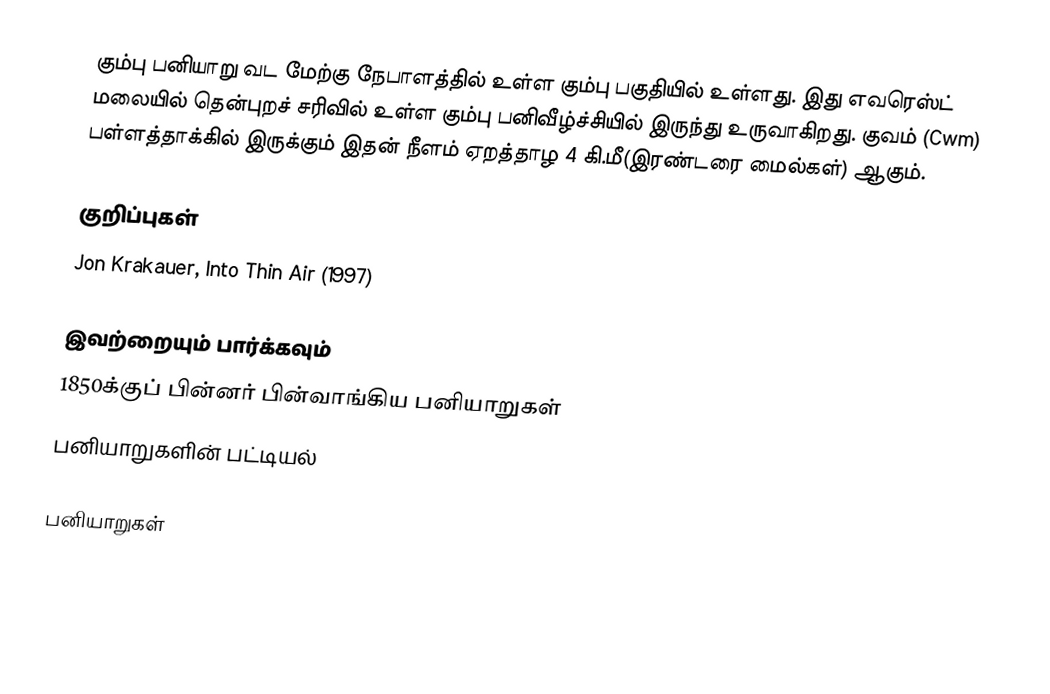
கும்பு பனியாறு வட மேற்கு நேபாளத்தில் உள்ள கும்பு பகுதியில் உள்ளது. இது எவரெஸ்ட் மலையில் தென்புறச் சரிவில் உள்ள கும்பு பனிவீழ்ச்சியில் இருந்து உருவாகிறது. குவம் (Cwm) பள்ளத்தாக்கில் இருக்கும் இதன் நீளம் ஏறத்தாழ 4 கி.மீ(இரண்டரை மைல்கள்) ஆகும்.

குறிப்புகள்
 Jon Krakauer, Into Thin Air (1997)

இவற்றையும் பார்க்கவும்
 1850க்குப் பின்னர் பின்வாங்கிய பனியாறுகள்
 பனியாறுகளின் பட்டியல்

பனியாறுகள்